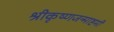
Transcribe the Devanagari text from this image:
श्रीकृष्णजन्माष्टमी